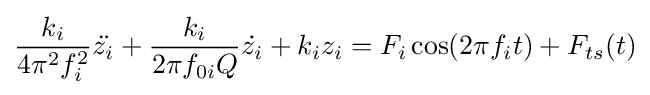
{\frac {k_{i}}{4\pi ^{2}f_{i}^{2}}}{\ddot {z_{i}}}+{\frac {k_{i}}{2\pi f_{0i}Q}}{\dot {z_{i}}}+k_{i}z_{i}=F_{i}\cos(2\pi f_{i}t)+F_{ts}(t)